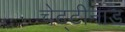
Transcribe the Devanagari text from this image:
चेट्टीनाड